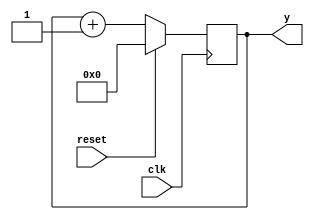
// =============================================================================
// Company      : University of Glasgow
// 
// Design Name  : 
// Module Name  : counterSimple 
// Project Name : TyTra
// Target Devices: Stratix V (D5/D8) 
//
// Tool versions: 
// Dependencies : 
//
// Revision     : 
// Revision 0.01. File Created
// 
// =============================================================================

// =============================================================================
// General Description
// -----------------------------------------------------------------------------
// A general purpose N-bit wrap-around counter.
// synchronous reset
// 
//==============================================================================

module counterSimple
#(
// =============================================================================
// ** Parameters 
// =============================================================================
// Size of word (parent should over-write this if needeD)
  parameter N = 10 
)

(
// =============================================================================
// ** Ports 
// =============================================================================
  output reg  [N-1:0] y,
 
  input reset,
  input clk
);

// =============================================================================
// ** Procedures and assignments
// =============================================================================
always @(posedge clk)
  if (reset)
    y <= 0;
  else
    y <= y+1;

endmodule